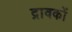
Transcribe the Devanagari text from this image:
द्रावकों